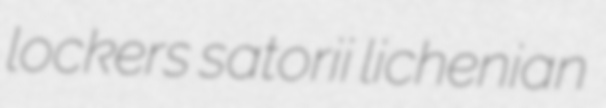
lockers satorii lichenian